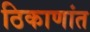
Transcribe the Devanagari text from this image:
ठिकाणांत